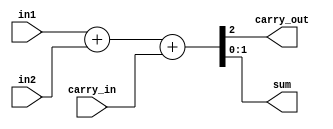
module fulladr_2bit_behavioral(in1, in2, carry_in, carry_out, sum);
input [1:0] in1, in2;
input carry_in;
output reg [1:0] sum;
output reg carry_out;
reg [2:0] inter_calc_result;

// Simply store result in bigger register and pick appropriate bits
// for sum and carry out
always@(*) begin
  inter_calc_result = in1 + in2 + carry_in;
  sum = inter_calc_result[1:0];
  carry_out = inter_calc_result[2];
end

endmodule